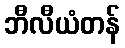
ဘီလီယံတန်